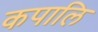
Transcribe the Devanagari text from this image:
कपालि